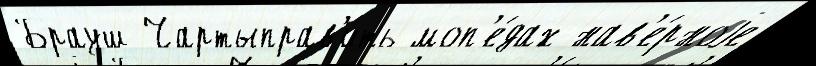
Брауш Чартыправ'ить моп'е́дах нав'е́рноjе